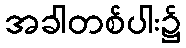
အခါတစ်ပါး၌